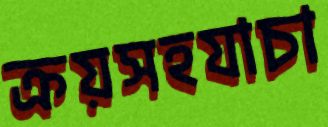
ক্রয়সহযাচা